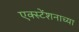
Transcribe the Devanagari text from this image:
एक्स्टेंशनाच्या